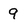
Character: 9